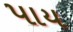
પાય